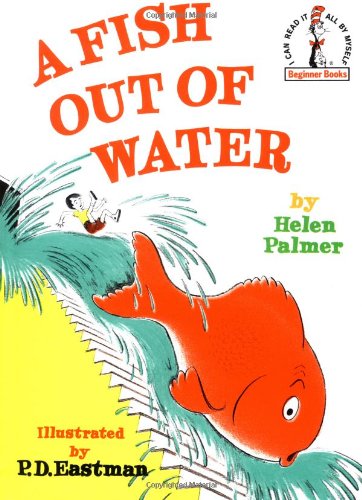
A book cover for A Fish Out of Water (Beginner Books); Helen Palmer; Children's Books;